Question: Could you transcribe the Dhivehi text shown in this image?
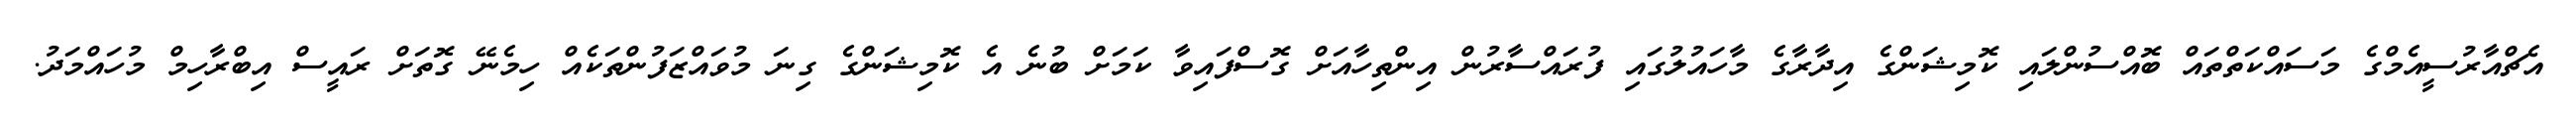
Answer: އެޗްއާރުސީއެމްގެ މަސައްކަތްތައް ބޮއްސުންލައި ކޮމިޝަންގެ އިދާރާގެ މާހައުލުގައި ފުރައްސާރުން އިންތިހާއަށް ގޮސްފައިވާ ކަމަށް ބުނެ އެ ކޮމިޝަންގެ ގިނަ މުވައްޒަފުންތަކެއް ހިމެނޭ ގޮތަށް ރައީސް އިބްރާހިމް މުހައްމަދު.